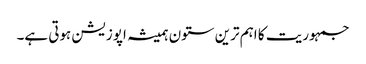
جمہوریت کا اہم ترین ستون ہمیشہ اپوزیشن ہوتی ہے۔